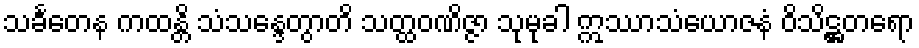
သင်္ခတေန ကထန္တိ သံသန္ဒေတွာတိ သတ္ထဝဏိဇ္ဇာ သုမုခါ ဣဿာသံယောဇနံ ဝိသိဋ္ဌတရော